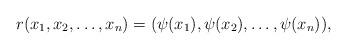
LaTeX: \begin{align*}r(x_1,x_2,\dots,x_n) = (\psi(x_1), \psi(x_2), \dots, \psi(x_n)),\end{align*}